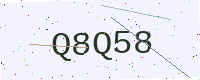
Text: Q8Q58